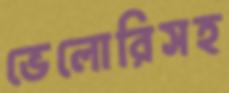
ভেলোরিসহ